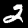
Digit: 2